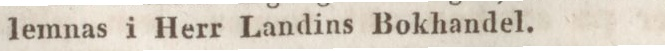
lemnas i Herr Landins Bokhandel.